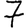
Digit: 7